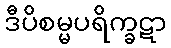
ဒီပိစမ္မပရိက္ခဋာ